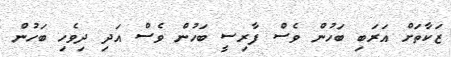
ޒަކާތަށް އަރަބި ބަހުން ވެސް ފާރިސީ ބަހުން ވެސް އަދި ދިވެހި ބަހުން